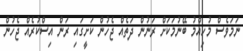
ނަމަވެސް މުހިއްމު ބޭނުމަކަށް ރަނުން ދަތެއް ޖެހުން ކަށީގައި ރަން އިސްކުރެއް ޖެހުން